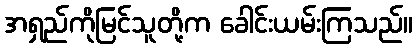
အရှည်ကိုမြင်သူတို့က ခေါင်းယမ်းကြသည်။